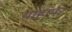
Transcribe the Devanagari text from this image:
याहापर